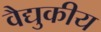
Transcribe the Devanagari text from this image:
वैद्युकीय